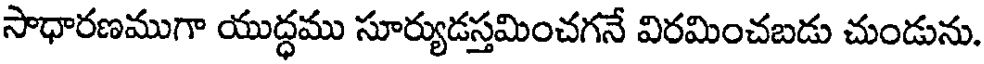
సాధారణముగా యుద్ధము సూర్యుడస్తమించగనే విరమించబడు చుండును.